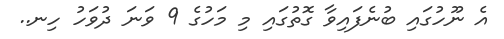
އެ ނޫހުގައި ބުނެފައިވާ ގޮތުގައި މި މަހުގެ 9 ވަނަ ދުވަހު ހިނ..